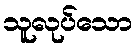
သူလုပ်သော